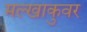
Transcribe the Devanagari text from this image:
मल्खाकुवर